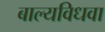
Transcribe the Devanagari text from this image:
बाल्यविधवा